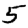
Digit: 5